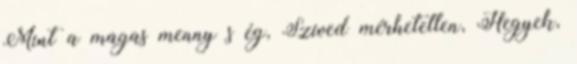
Mint a magas menny s ég, Szíved mérhetetlen, Hegyek,